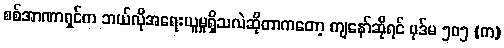
စစ်အာဏာရှင်က ဘယ်လိုအရေးယူမှုရှိသလဲဆိုတာကတော့ ကျနော်ဆိုရင် ပုဒ်မ ၅၀၅ (က)